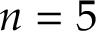
n = 5